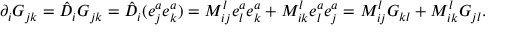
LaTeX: \partial _ { i } G _ { j k } = \hat { D } _ { i } G _ { j k } = \hat { D } _ { i } ( e _ { j } ^ { a } e _ { k } ^ { a } ) = M _ { i j } ^ { l } e _ { l } ^ { a } e _ { k } ^ { a } + M _ { i k } ^ { l } e _ { l } ^ { a } e _ { j } ^ { a } = M _ { i j } ^ { l } G _ { k l } + M _ { i k } ^ { l } G _ { j l } .